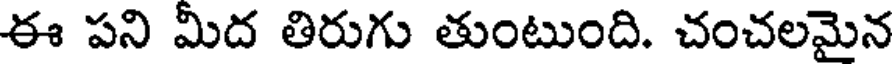
ఈ పని మీద తిరుగు తుంటుంది. చంచలమైన